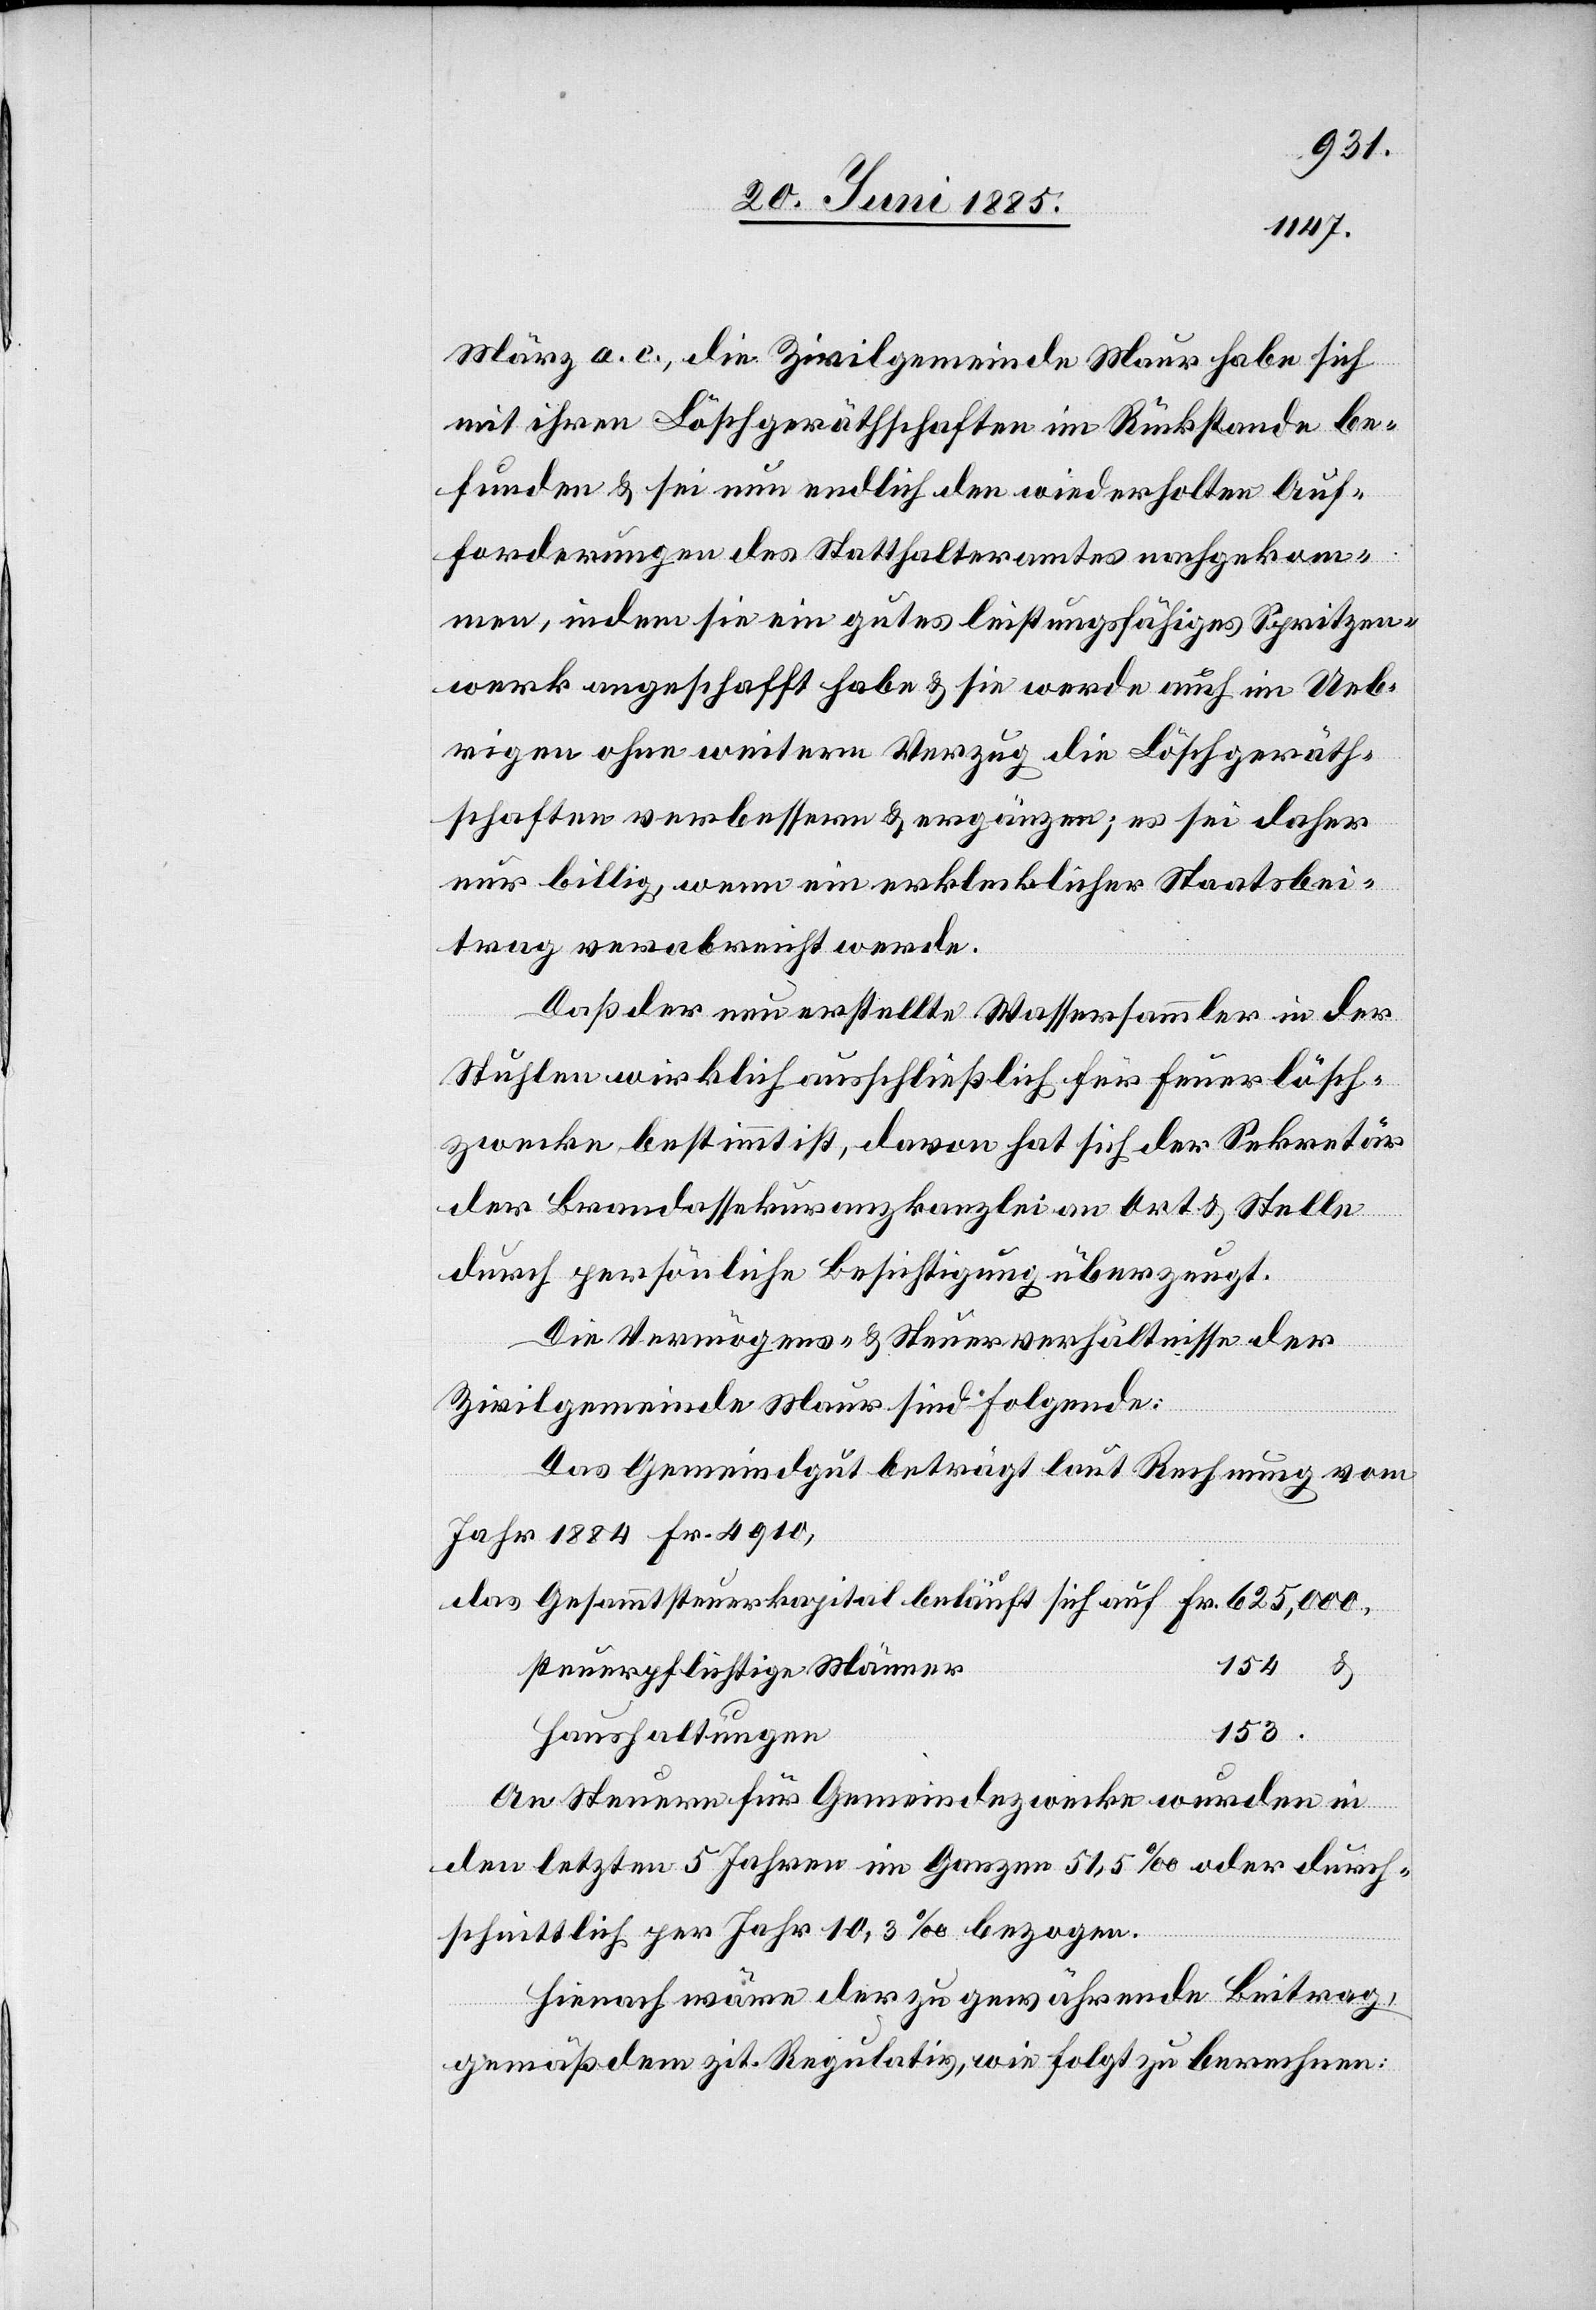
März a. c., die Zivilgemeinde Maur habe sich
mit ihren Löschgeräthschaften im Rückstande be¬
funden & sei nun endlich den wiederholten Auf¬
forderungen des Statthalteramtes nachgekom¬
men, indem sie ein gutes leistungsfähiges Spritzen¬
werk angeschafft habe & sie werde auch im Ueb¬
rigen ohne weitern Verzug die Löschgeräth¬
schaften verbessern & ergänzen; es sei daher
nur billig, wenn ein erklecklicher Staatsbei¬
trag verabreicht werde.
Daß der neu erstellte Wassersammler in der
Stuhlen wirklich ausschließlich für Feuerlösch¬
zwecke bestimmt ist, davon hat sich der Sekretär
der Brandassekuranzkanzlei an Ort & Stelle
durch persönliche Besichtigung überzeugt.
Die Vermögens- & Steuerverhältnisse der
Zivilgemeinde Maur sind folgende:
Das Gemeindgut beträgt laut Rechnung vom
Jahr 1884 Fr. 4910,
das Gesammtsteuerkapital beläuft sich auf Fr. 625,000,
steuerpflichtige Männer
153.
Haushaltungen
An Steuern für Gemeindezwecke wurden in
den letzten 5 Jahren im Ganzen 51,5‰ oder durch¬
schnittlich per Jahr 10,3‰ bezogen.
Hienach wäre der zu gewährende Beitrag,
154
gemäß dem zit. Regulativ, wie folgt zu berechnen: